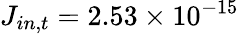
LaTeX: J_{in,t}=2.53\times 10^{-15}